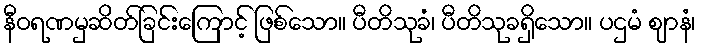
နီဝရဏမှဆိတ်ခြင်းကြောင့် ဖြစ်သော။ ပီတိသုခံ၊ ပီတိသုခရှိသော။ ပဌမံ ဈာနံ၊